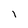
Character: l